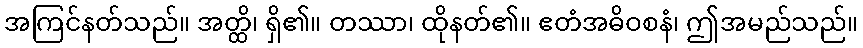
အကြင်နတ်သည်။ အတ္ထိ၊ ရှိ၏။ တဿာ၊ ထိုနတ်၏။ ဧတံအဓိဝစနံ၊ ဤအမည်သည်။